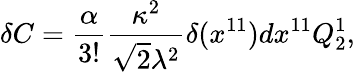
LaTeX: \delta C={\frac{\alpha}{3!}}{\frac{\kappa^{2}}{\sqrt{2}\lambda^{2}}}\delta(x^{11})dx^{11}Q_{2}^{1},